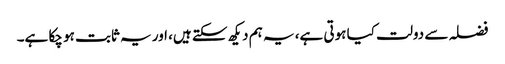
فضلہ سے دولت کیا ہوتی ہے، یہ ہم دیکھ سکتے ہیں، اور یہ ثابت ہو چکا ہے۔